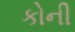
કોની